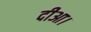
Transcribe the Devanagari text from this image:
दीआ।